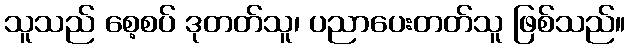
သူသည် စေ့စပ် ဒုတတ်သူ၊ ပညာပေးတတ်သူ ဖြစ်သည်။